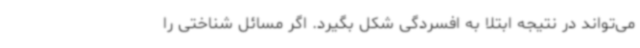
می‌تواند در نتیجه ابتلا به افسردگی شکل بگیرد. اگر مسائل شناختی را